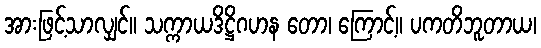
အားဖြင့်သာလျှင်။ သက္ကာယဒိဋ္ဌိဂဟန တော၊ ကြောင့်။ ပကတိဘူတာယ၊